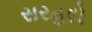
સરહદો